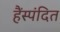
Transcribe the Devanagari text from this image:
हैंस्पंदित